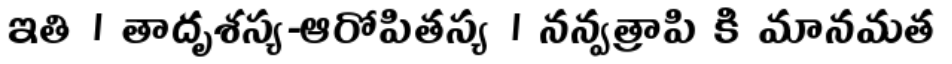
ఇతి । తాదృశస్య-ఆరోపితస్య । నన్వత్రాపి కి మానమత